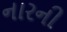
નારની